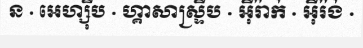
ន · អេហ្ស៊ីប · ហ្គាសាស្ទ្រីប · អ៊ីរ៉ាក់ · អ៊ីរ៉ង់ ·